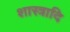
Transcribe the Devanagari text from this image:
शास्त्रादि